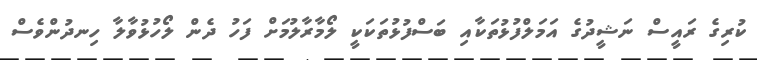
ކުރިގެ ރައީސް ނަޝީދުގެ އަމަލްފުޅުތަކާއި ބަސްފުޅުތަކަކީ ލޯމާރާލުމަށް ފަހު ދެން ލޯހުޅުވާލާ ހިނދުންވެސް